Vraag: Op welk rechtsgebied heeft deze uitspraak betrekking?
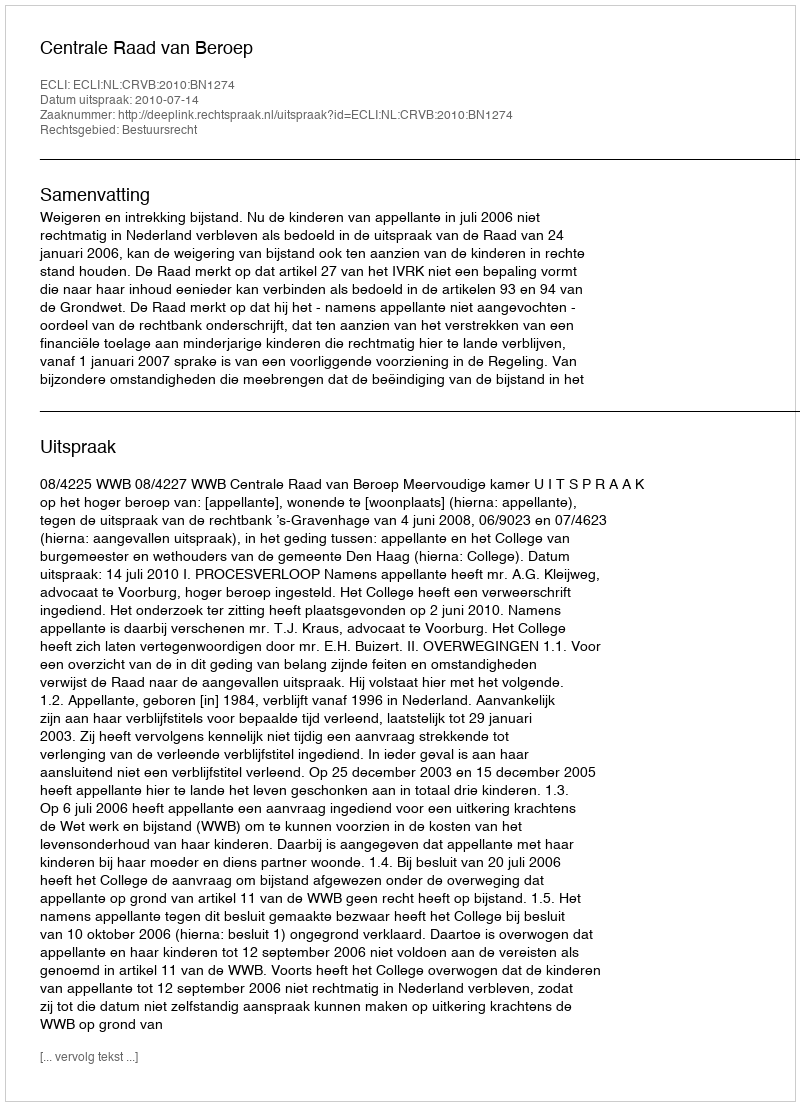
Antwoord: Bestuursrecht